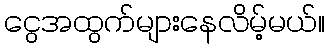
ငွေအထွက်များနေလိမ့်မယ်။